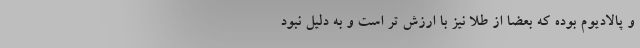
و پالادیوم بوده که بعضاً از طلا نیز با ارزش تر است و به دلیل نبود